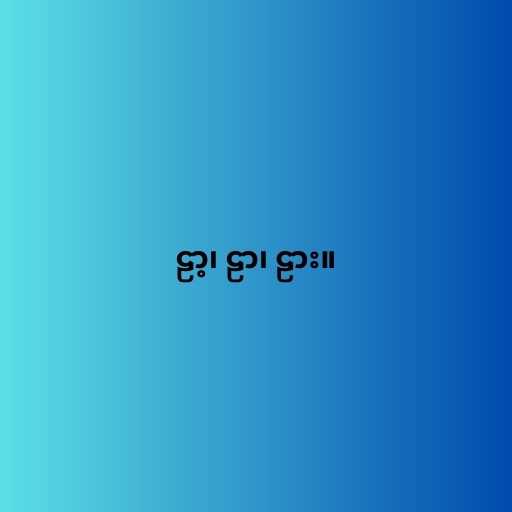
ဠာ့၊ ဠာ၊ ဠား။